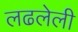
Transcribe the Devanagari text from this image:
लढलेली